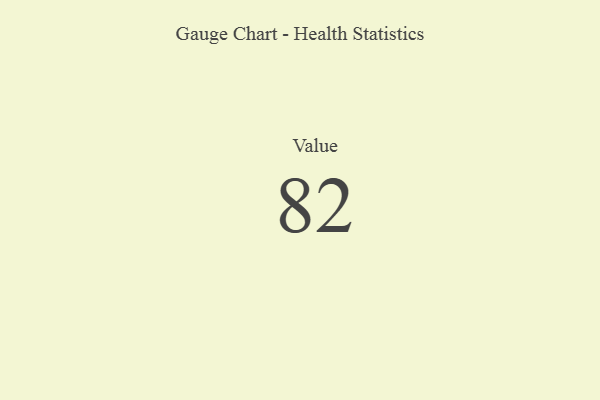
{"axis": {"x": "Metric", "y": "Value"}, "legend": [""], "data": [{"x": "Value", "y": 82, "type": ""}]}